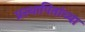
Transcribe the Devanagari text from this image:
प्रस्थापितांच्या